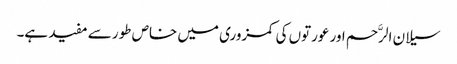
سیلان الرَّحم اور عورتوں کی کمزوری میں خاص طور سے مفید ہے۔